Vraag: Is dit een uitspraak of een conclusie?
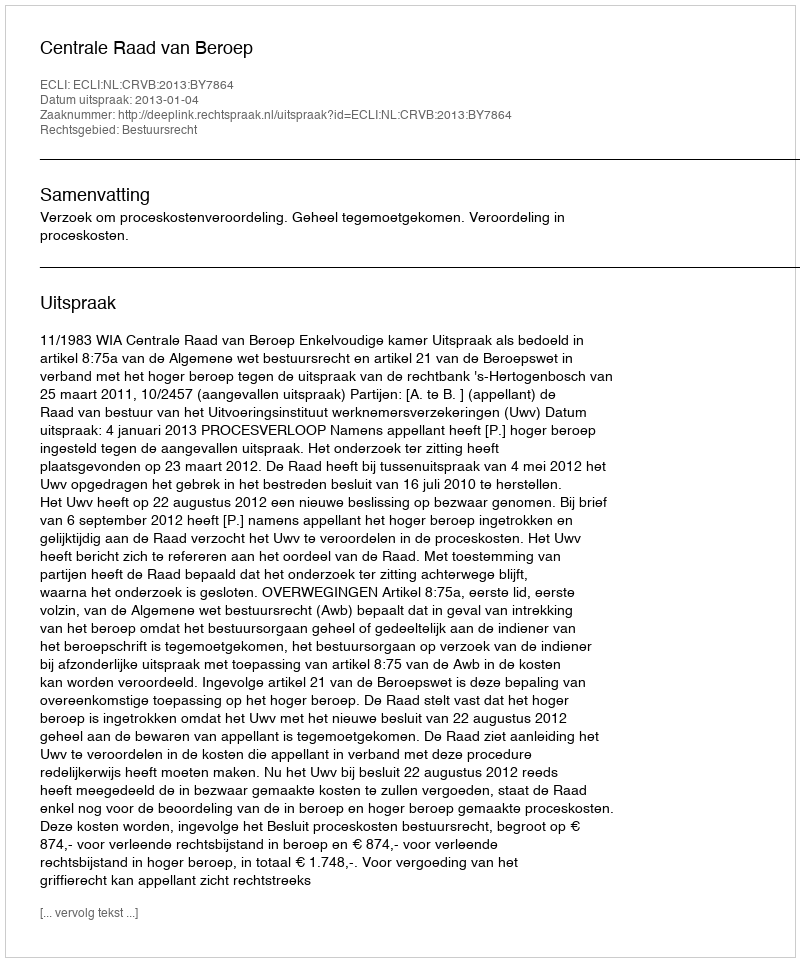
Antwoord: Uitspraak